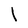
Character: l